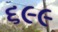
૬૯૯